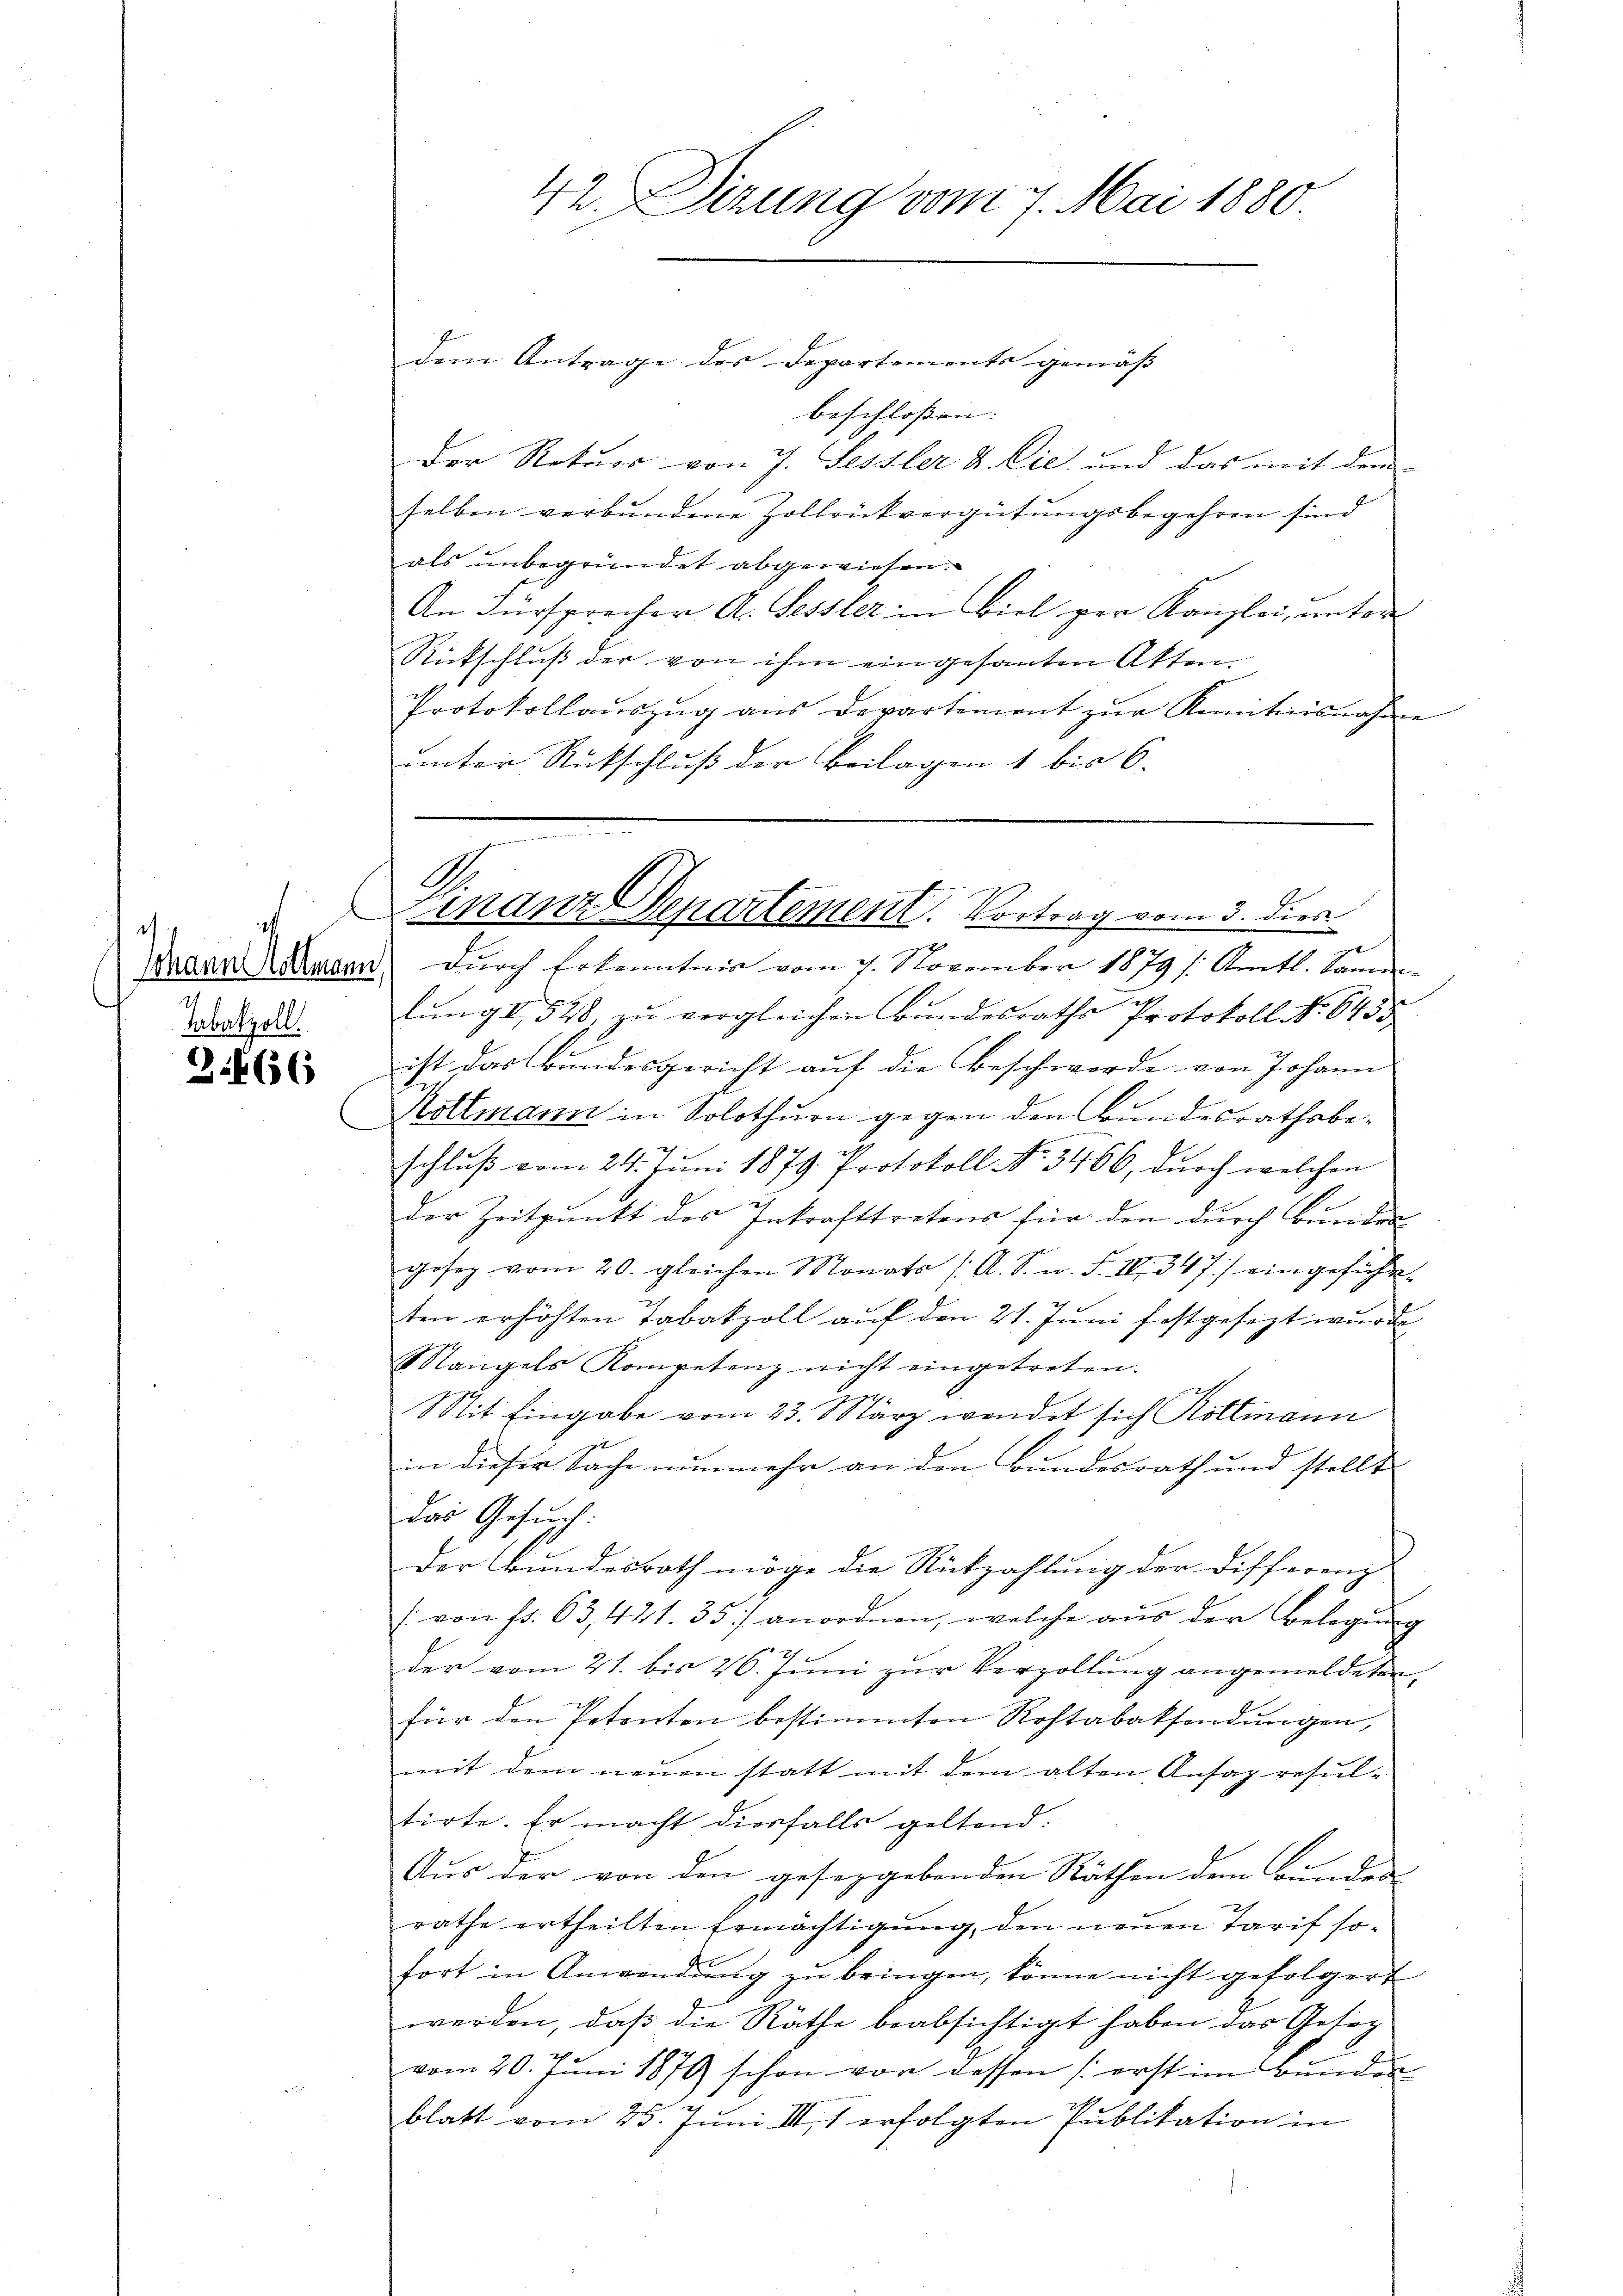
i
¬
Johann Hottmann
Tabatzoll.

3.466

dem Antrage des Departements gemäss
beschlossen: |
Der Rekurs von J. Sessler & Cie, und das mit dem
selben verbundene Zollrückvergütungsbegehren sind
als unbegründet abgewiesen.
An Fürsprecher A. Fessler in Biel per Kanzlei, unter
Rückschluß der von ihm eingesanten Akten.
Protokollauszug aus Departement zur Reneitnisnahme
unter Rückschluß der Beilagen 1 bis 6.
durch Erkenntnis vom 7. November 1879 /: Amtl. Samm-
lung I, 528, zu vergleichen Bundesraths Protokoll No 643
ist das Bundesgericht auf die Beschwerde von Johann
Nottmann in Solothurn gegen den Bundesrathsbeschluß vom 24. Juni 1879. Protokoll No 3466, durch welchen
der Zeitpunkt des Inkrafttretens für den durch Bunden
gesez vom 20. gleichen Monats (A. S. n. F. IV 347) eingeführ
ten erhöhten Tabakzoll auf den 21. Juni festgesezt wurde
Mangels Kompetenz nicht eingetreten.
Mit Eingabe vom 23. März wendet sich Kollmann
in dieser Sache nunmehr an den Bundesrath und stellt
das Gesuch:
Der Bundesrath möge die Rückzahlung der Differenz
: von fr. 63, 421. 35 anordnen, welche aŭs der Belegŭng
der vom 21. bis 26. Juni zur Verzöllung angemeldeten
für den Petenten bestimmten Rohtabaksendungen,
mit dem neuen statt mit dem alten Ansag resul-
tirte. Er macht diesfalls geltend:
Aus der von den geseggebenden Räthen dem Bunden
rathe ertheilten Ermächtigung, den neuen Tarif so-
fort in Anwendung zu bringen, könne nicht gefolgert
werden, daß die Räthe beabsichtigt haben das Gesez
vom 20. Juni 1879 schon vor dessen (erst im Bunden
blatt vom 25. Juni III 1 erfolgten Publikation in

42. Dizung vom 7. Mai 1880

A.
Finanz-Departement. Vortrag vom 3. dies